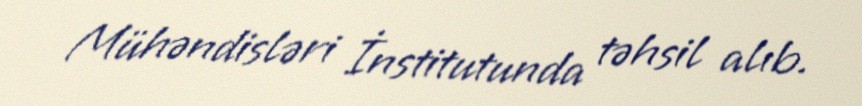
Mühəndisləri İnstitutunda təhsil alıb.